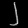
Digit: ၂